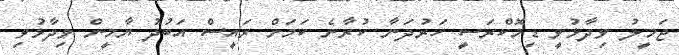
ޖަމީލު ވިދާޅުވީ ޑިމޮކްރަސީ ހަރުދަނާ ކުރާނެ ކަމަށް ރައީސް އަބުދު ޔާމީން ވިދާޅުވި